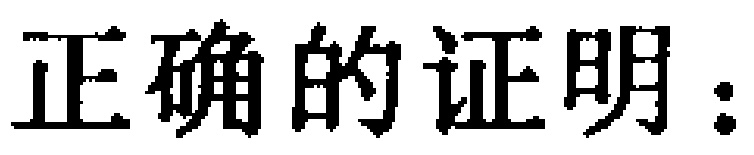
正确的证明：